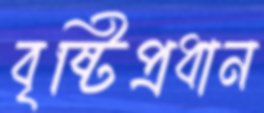
বৃষ্টিপ্রধান